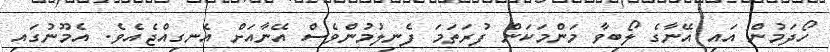
ހޯދަމުން އައި އޭނާގެ ލޯބިވާ މަންމަކަން ފުރަތަމަ ފެނިލުމުންވެސް އޭނާއަށް އެނގިއްޖެއެވެ. އެމޫނުގައި